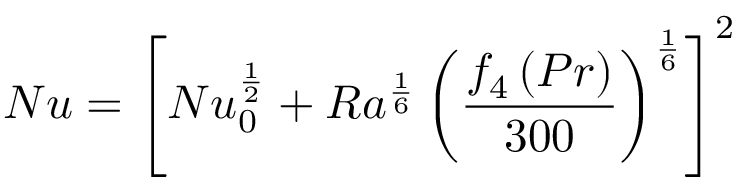
N u = \left[ N u _ { 0 } ^ { \frac { 1 } { 2 } } + R a ^ { \frac { 1 } { 6 } } \left( { \frac { f _ { 4 } \left( P r \right) } { 3 0 0 } } \right) ^ { \frac { 1 } { 6 } } \right] ^ { 2 }